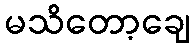
မသိတော့ချေ